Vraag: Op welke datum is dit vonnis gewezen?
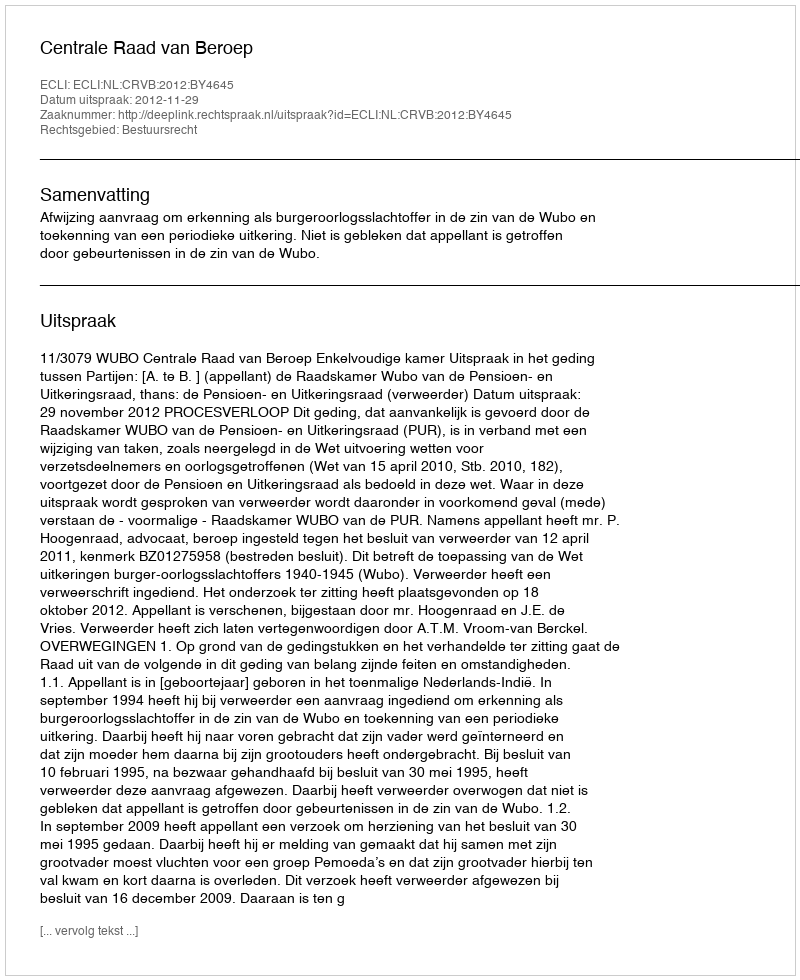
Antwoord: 2012-11-29